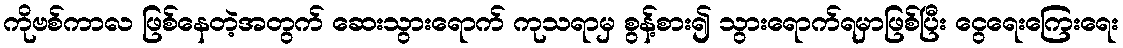
ကိုဗစ်ကာလ ဖြစ်နေတဲ့အတွက် ဆေးသွားရောက် ကုသရာမှ စွန့်စား၍ သွားရောက်ရမှာဖြစ်ပြီး ငွေရေးကြေးရေး